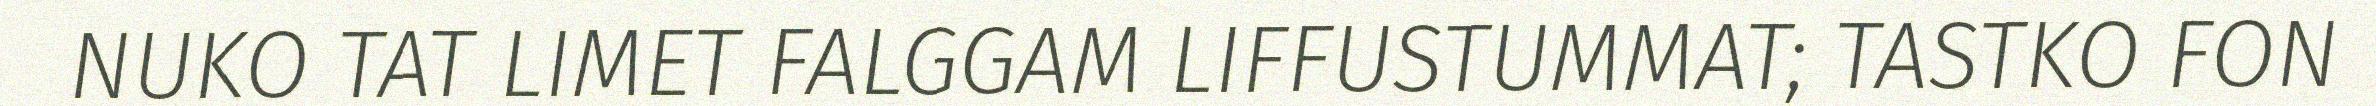
NUKO TAT LIMET FALGGAM LIFFUSTUMMAT; TASTKO FON